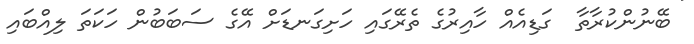
ބޭނުންކުރާތާ  ގަޑިއެއް ހާއިރުގެ ތެރޭގައި ހަށިގަނޑަށް އޭގެ ސަބަބުން ހަކަތަ ލިއްބައި